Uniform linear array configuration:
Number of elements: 8
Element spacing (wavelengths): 0.25
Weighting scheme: blackman
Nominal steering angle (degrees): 30
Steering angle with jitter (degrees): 30.247
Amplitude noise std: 0.05
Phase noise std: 0.05

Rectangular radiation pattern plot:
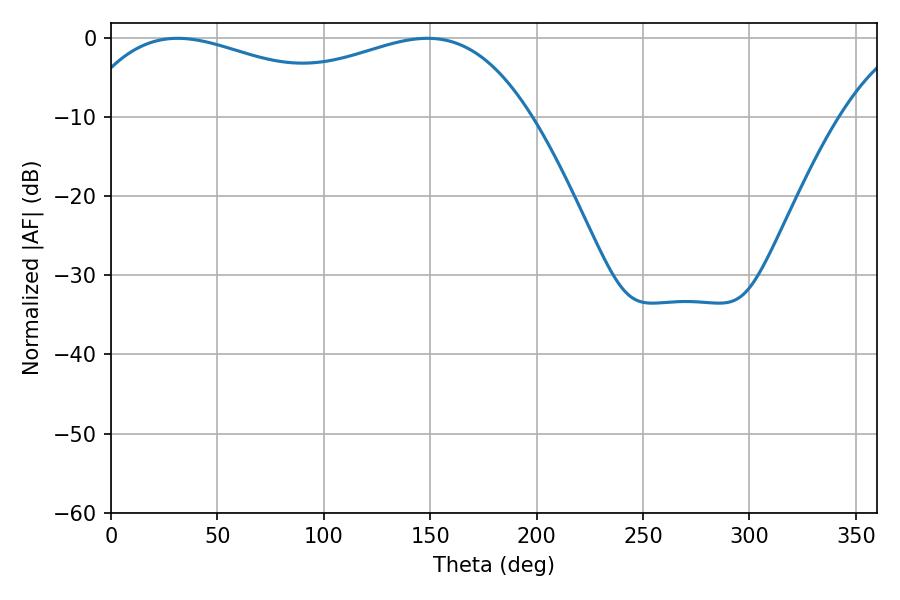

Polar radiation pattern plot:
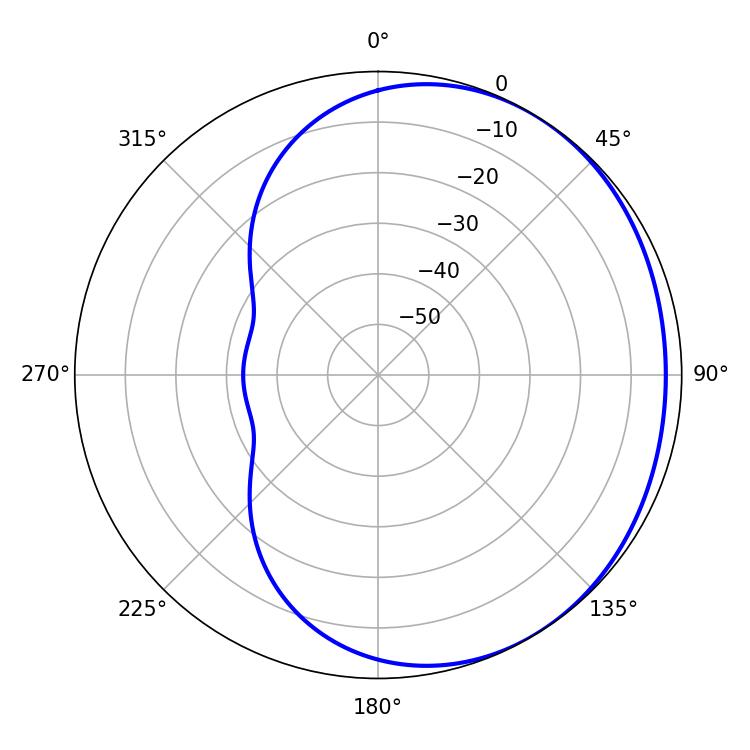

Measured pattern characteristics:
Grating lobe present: FALSE
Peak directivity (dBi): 1.591
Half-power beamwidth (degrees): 78.66
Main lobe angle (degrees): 31.32